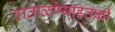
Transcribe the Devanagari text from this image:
हाताळण्याइतकी